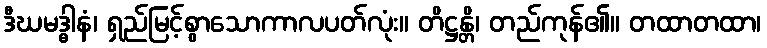
ဒီဃမဒ္ဓါနံ၊ ရှည်မြင့်စွာသောကာလပတ်လုံး။ တိဋ္ဌန္တိ၊ တည်ကုန်၏။ တထာတထာ၊